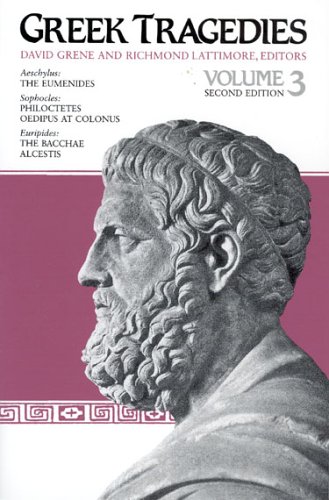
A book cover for Greek Tragedies, Volume 3; Literature & Fiction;